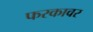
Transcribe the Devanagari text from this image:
फरकावर